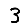
Digit: 3